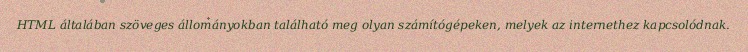
HTML általában szöveges állományokban található meg olyan számítógépeken, melyek az internethez kapcsolódnak.